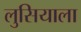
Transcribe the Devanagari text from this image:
लुसियाला